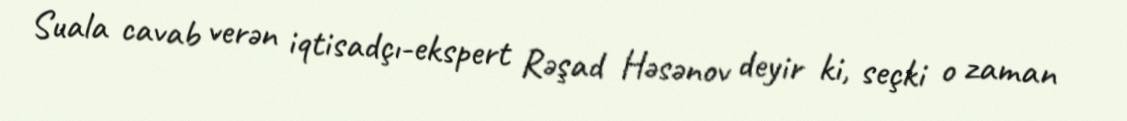
Suala cavab verən iqtisadçı-ekspert Rəşad Həsənov deyir ki, seçki o zaman